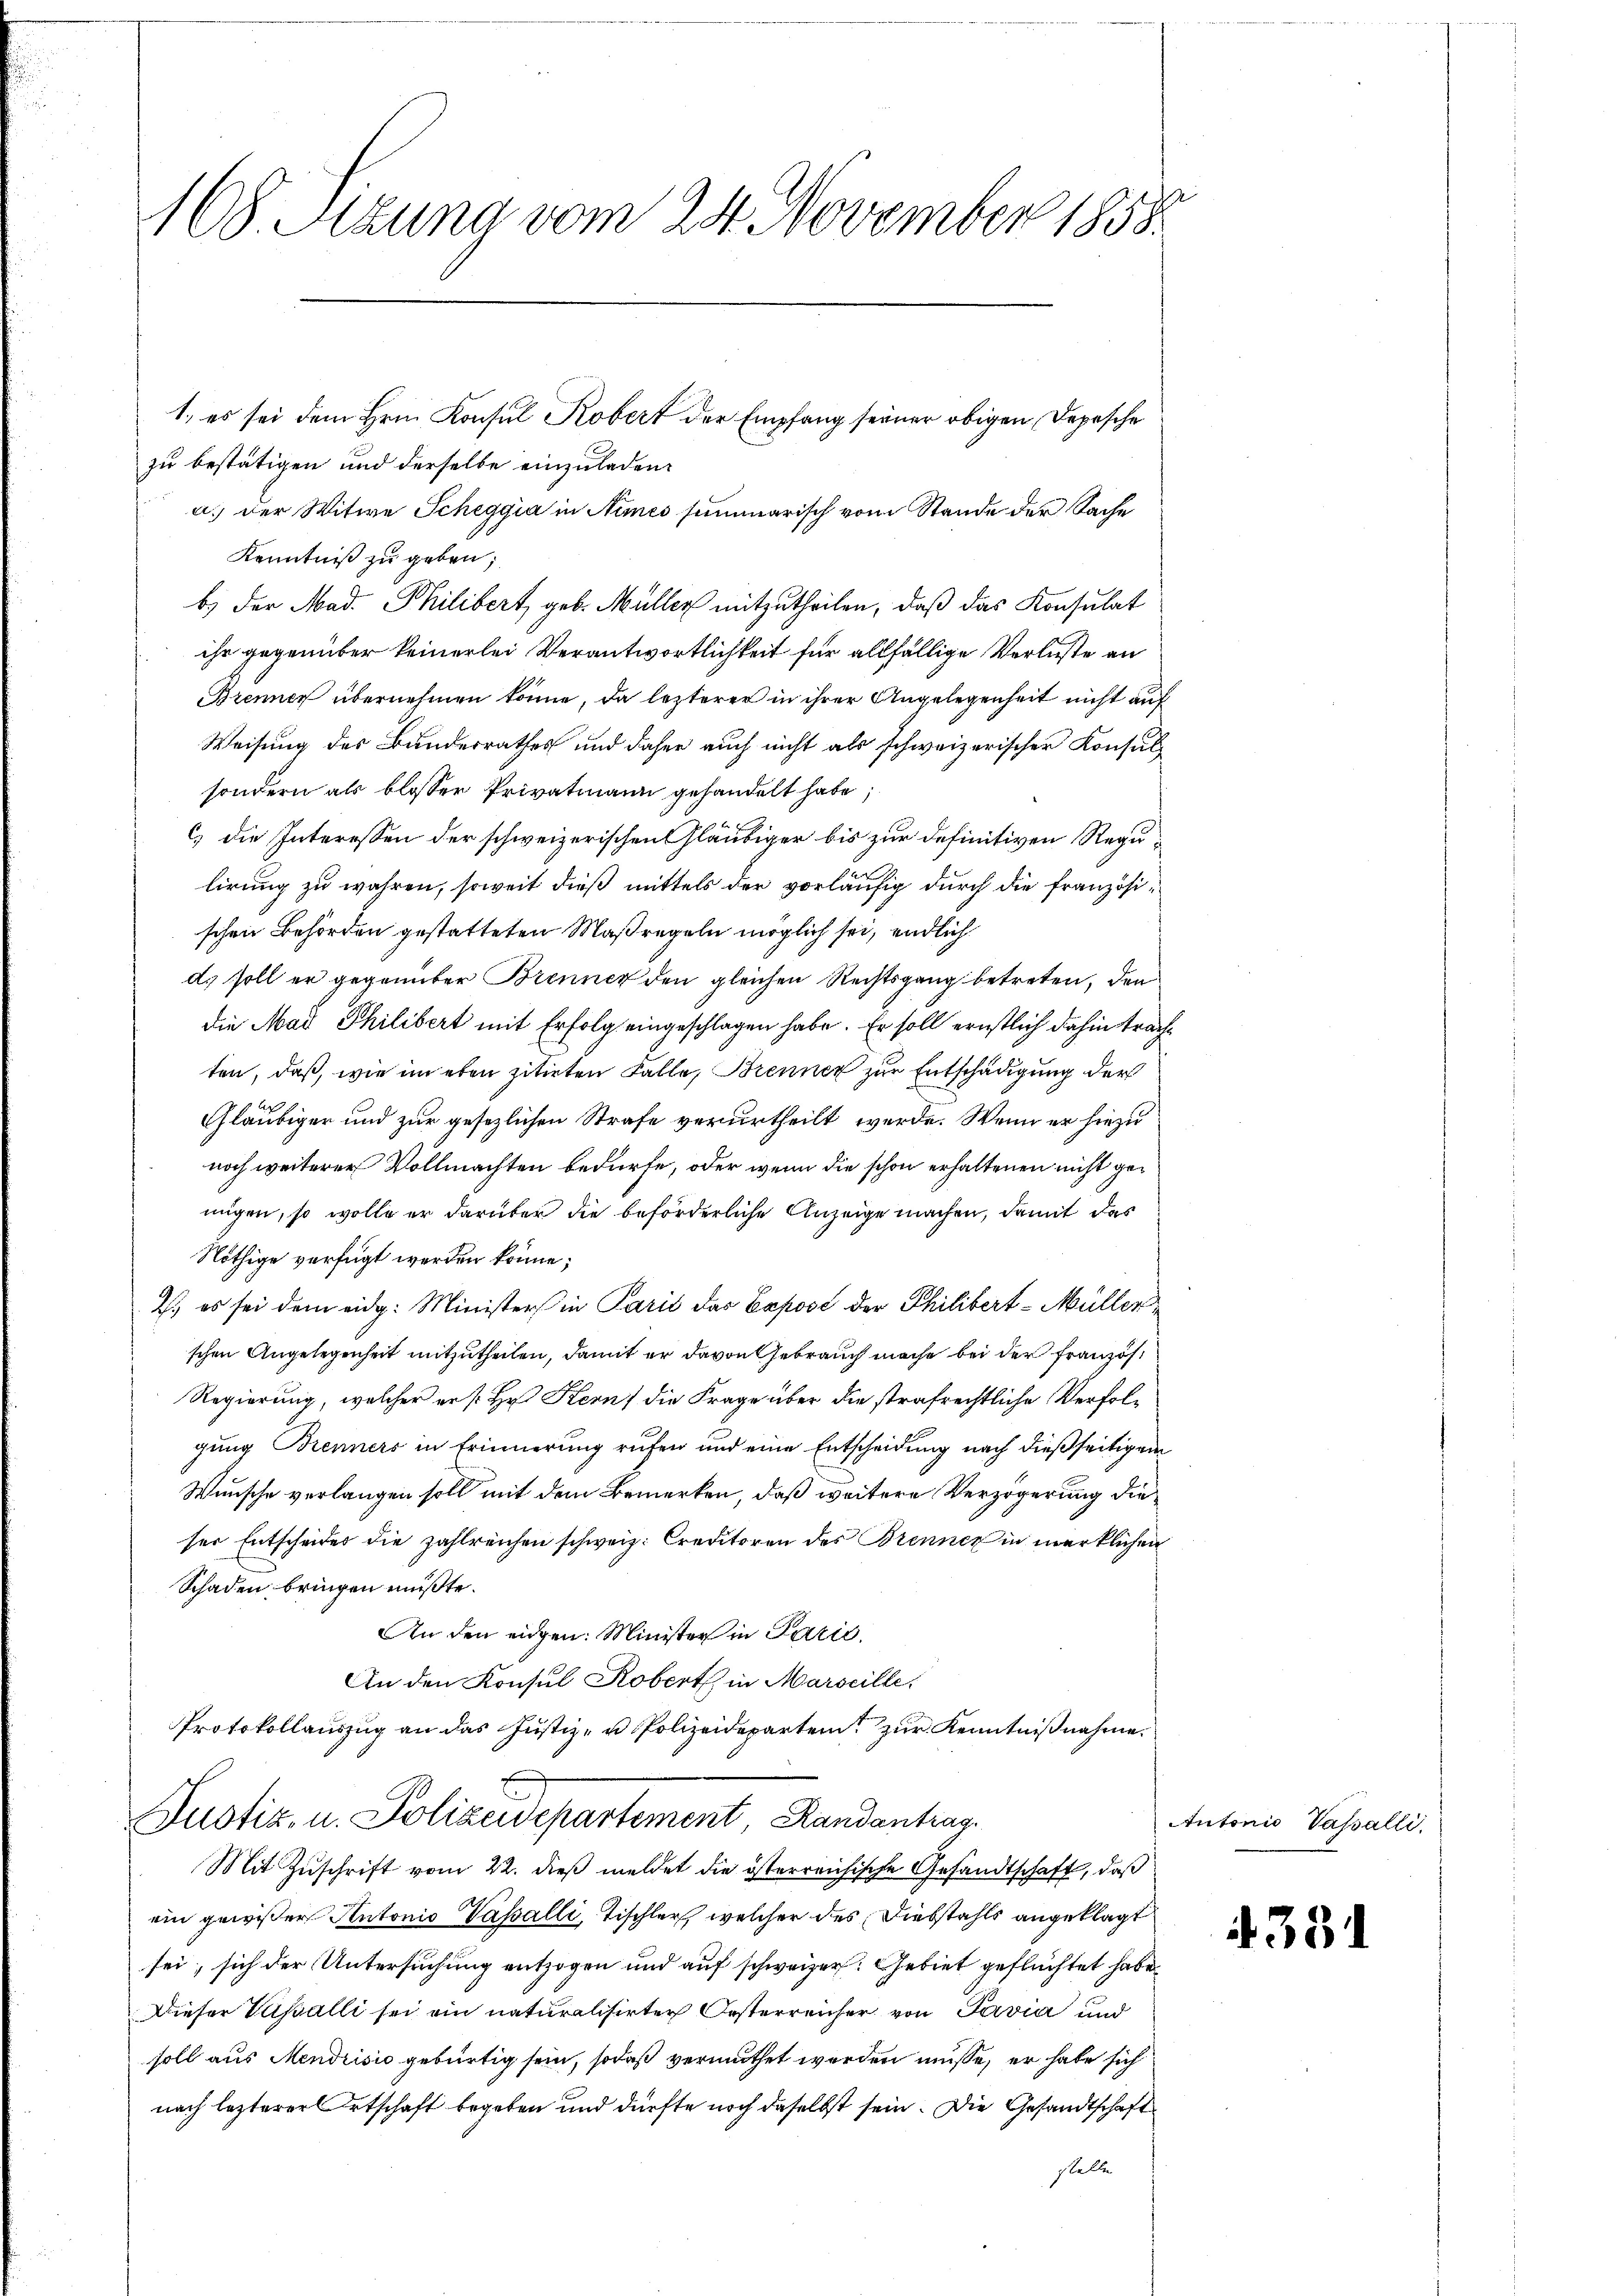
168 Sizung vom 24. November 1858.

1. es sei dem Hrn. Konsul Kobert der Empfang seiner obigen Depesche
zu bestätigen und derselbe einzuladen.
a. der Witwe Scheggia in Numés summarisch vom Stande der Sache
Kenntniß zu geben;
b.) Der Mad. Philibert geb. Müller mitzutheilen, daß das Konsulat
ihr gegenüber keinerlei Verantwortlichkeit für allfällige Verluste an
Brennen übernehmen könne, da lezterer in ihrer Angelegenheit nicht auf
Weisung des Bunderrathes und daher auch nicht als schweizerischer Konsulsondern als blosser Privatmann gehandelt habe;
c) die Interessen der schweizerischen Gläubiger bis zur definitiven Regulirung zu wahren, soweit dieß mittels der vorläufig durch die französischen Behörden gestatteten Maßregeln möglich sei, endlich
ds soll er gegenüber Brenner den gleichen Rechtsgang betreten, den
Die Mad Philibert mit Erfolg eingeschlagen habe. Er soll ernstlich dahin trache
ten, daß, wie im eben zitirten Falle, Brenner zur Entschädigung der
Gläubiger und zur gesezlichen Strafe verurtheilt werde. Wenn er hiezu
noch weiterer Vollmachten bedürfe, oder wenn die schon erhaltenen nicht gemigen, so wolle er darüber die beförderliche Anzeige machen, damit das
Nöthige verfügt werden könne;
2.) es sei dem eidg. Ministers in Paris das Exposé der Philibert-Müller
schen Angelegenheit mitzutheilen, damit er davon Gebrauch mache bei der Französ¬
Regierung, welcher er [Hr. Kern die Frage über die strafrechtliche Verfolgung Brenners in Erinnerung rufen und eine Entscheidung nach dießseitigem
Wunsche verlangen soll mit dem Bemerken, daß weitere Verzögerung die
ser Entscheides die zahlreichen schweiz. Creditoren des Brenner in merklichen
Schaden bringen müßte.
An den eidgen: Minister in Parić,
An den Konsul Kobert in Marseille.
Protokollauszug an das Justiz- u. Polizeideparten zur Kenntnißnahme.
Justiz- u. Polizeidepartement Randantrag
Mit Zuschrift vom 22. dieß meldet die österreichische Gesandtschaft, daß
ein gewißer Antonio Vasalli, Tischler, welcher des Diebstahls angeklagt
sei, sich der Untersuchung entzogen und auf schweizer. Gebiet geflüchtet habe.
Dieser Vasalli sei ein naturalisirten Oesterreicher von Pavia und
soll aus Mendrisio gebürtig sein, sodaß vermuthet werden müsse, er habe sich
nach lezterer Ortschaft begeben und dürfte noch daselbst sein. Die Gesandtschaft
stelle

Autonio Vasalli.

4331